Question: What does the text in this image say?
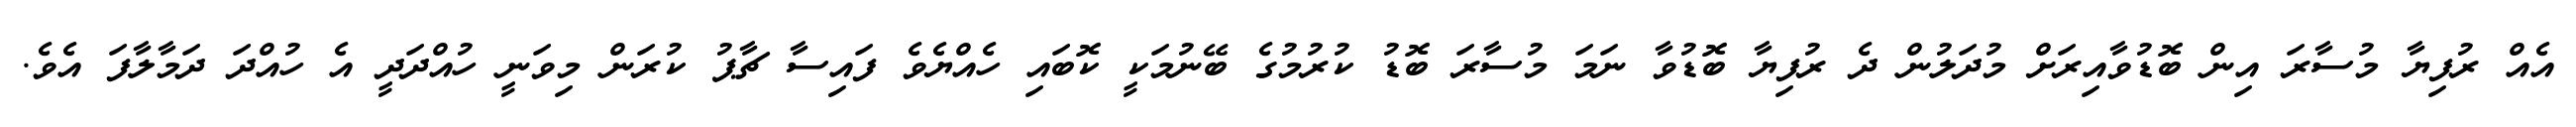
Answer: އެއް ރުފިޔާ މުސާރަ އިން ބޮޑުވާއިރަށް މުދަލުން ދެ ރުފިޔާ ބޮޑުވާ ނަމަ މުސާރަ ބޮޑު ކުރުމުގެ ބޭނުމަކީ ކޮބައި ހެއްޔެވެ ފައިސާ ޗާޕު ކުރަން މިވަނީ ހުއްދަދީ އެ ހުއްދަ ދަމާލާފަ އެވެ.